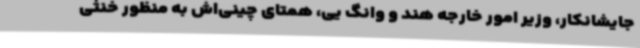
جایشانکار، وزیر امور خارجه هند و وانگ یی، همتای چینی‌اش به منظور خنثی